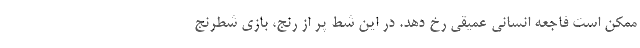
ممکن است فاجعه انسانی عمیقی رخ دهد. در این شط پر از رنج، بازی شطرنج